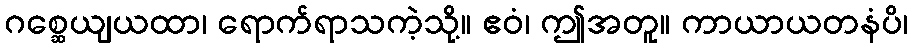
ဂစ္ဆေယျယထာ၊ ရောက်ရာသကဲ့သို့။ ဧဝံ၊ ဤအတူ။ ကာယာယတနံပိ၊